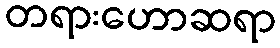
တရားဟောဆရာ